Regulations for the medical services of the Army of India
Year: 1930
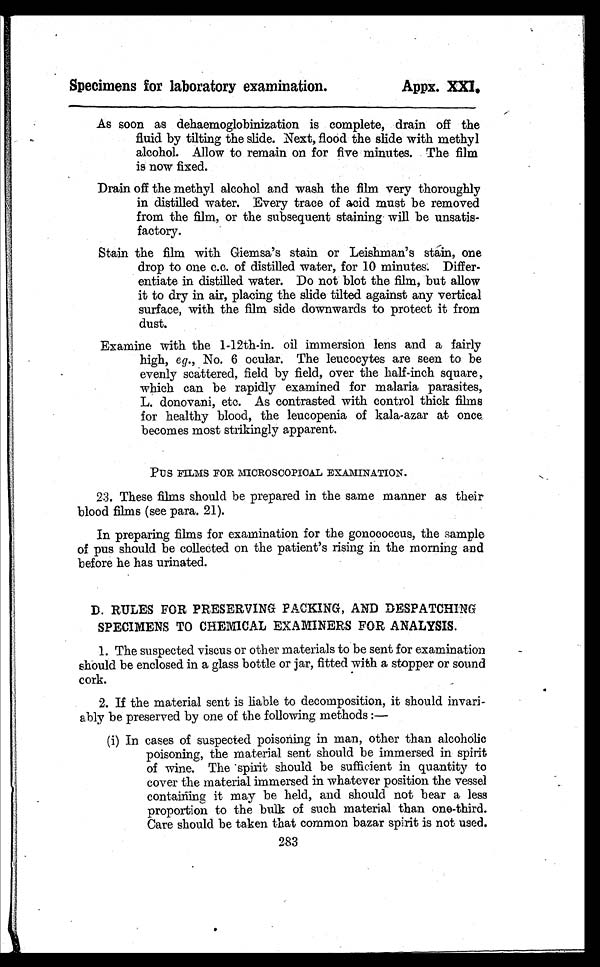
Specimens for laboratory examination.
Appx.
As soon as dehaemoglobinization is complete, drain off the
fluid by tilting the slide. Next, flood the slide with methyl
alcohol. Allow to remain on for five minutes. The film
is now fixed.
Drain off the methyl alcohol and wash the film very thoroughly
in distilled water. Every trace of acid must be removed
from the film, or the subsequent staining will be unsatis-
factory.
Stain the film with Giemsa's stain or Leishman's stain, one
drop to one c.c. of distilled water, for 10 minutes. Differ-
entiate in distilled water. Do not blot the film, but allow
it to dry in air, placing the slide tilted against any vertical
surface, with the film side downwards to protect it from
dust.
Examine with the 1-12th-in. oil immersion lens and a fairly
high, eg., No. 6 ocular. The leucocytes are seen to be
evenly scattered, field by field, over the half-inch square,
which can be rapidly examined for malaria parasites,
L. donovani, etc. As contrasted with control thick films
for healthy blood, the leucopenia of kala-azar at once
becomes most strikingly apparent.
Pus FILMS FOR MICROSCOPICAL EXAMINATION.
23. These films should be prepared in the same manner as their
blood films(see para. 21).
In preparing films for examination for the gonococcus, the sample
of pus should be collected on the patient's rising in the morning and
before he has urinated.
D. RULES FOR PRESERVING PACKING, AND DESPATCHING
SPECIMENS TO CHEMICAL EXAMINERS FOR ANALYSIS.
1. The suspected viscus or other materials to be sent for examination
should be enclosed in a glass bottle or jar, fitted with a stopper or sound
cork.
2. If the material sent is liable to decomposition, it should invari-
ably be preserved by one of the following methods :—
(i) In cases of suspected poisoning in man, other than alcoholic
poisoning, the material sent should be immersed in spirit
of wine. The spirit should be sufficient in quantity to
cover the material immersed in whatever position the vessel
containing it may be held, and should not bear a less
proportion to the bulk of such material than one-third.
Care should be taken that common bazar spirit is not used.
283